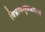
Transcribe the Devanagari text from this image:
विभ्राणसृक्कपालं